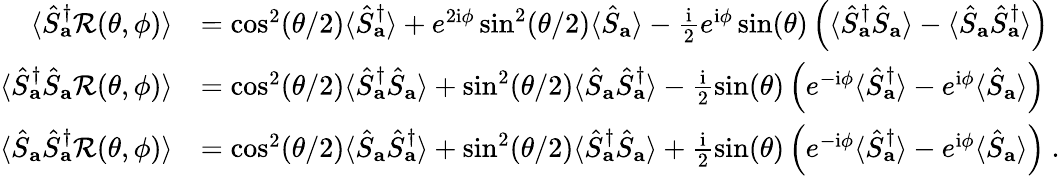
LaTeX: \begin{array}{rl}{\langle\hat{S}_{\mathbf{a}}^{\dagger}\mathcal{R}(\theta,\phi)\rangle}&{=\cos^{2}(\theta/2)\langle\hat{S}_{\mathbf{a}}^{\dagger}\rangle+e^{2\mathrm{i}\phi}\sin^{2}(\theta/2)\langle\hat{S}_{\mathbf{a}}\rangle-\frac{\mathrm{i}}{2}e^{\mathrm{i}\phi}\sin(\theta)\left(\langle\hat{S}_{\mathbf{a}}^{\dagger}\hat{S}_{\mathbf{a}}\rangle-\langle\hat{S}_{\mathbf{a}}\hat{S}_{\mathbf{a}}^{\dagger}\rangle\right)}\\ {\langle\hat{S}_{\mathbf{a}}^{\dagger}\hat{S}_{\mathbf{a}}\mathcal{R}(\theta,\phi)\rangle}&{=\cos^{2}(\theta/2)\langle\hat{S}_{\mathbf{a}}^{\dagger}\hat{S}_{\mathbf{a}}\rangle+\sin^{2}(\theta/2)\langle\hat{S}_{\mathbf{a}}\hat{S}_{\mathbf{a}}^{\dagger}\rangle-\frac{\mathrm{i}}{2}\sin(\theta)\left(e^{-\mathrm{i}\phi}\langle\hat{S}_{\mathbf{a}}^{\dagger}\rangle-e^{\mathrm{i}\phi}\langle\hat{S}_{\mathbf{a}}\rangle\right)}\\ {\langle\hat{S}_{\mathbf{a}}\hat{S}_{\mathbf{a}}^{\dagger}\mathcal{R}(\theta,\phi)\rangle}&{=\cos^{2}(\theta/2)\langle\hat{S}_{\mathbf{a}}\hat{S}_{\mathbf{a}}^{\dagger}\rangle+\sin^{2}(\theta/2)\langle\hat{S}_{\mathbf{a}}^{\dagger}\hat{S}_{\mathbf{a}}\rangle+\frac{\mathrm{i}}{2}\sin(\theta)\left(e^{-\mathrm{i}\phi}\langle\hat{S}_{\mathbf{a}}^{\dagger}\rangle-e^{\mathrm{i}\phi}\langle\hat{S}_{\mathbf{a}}\rangle\right)~.}\end{array}